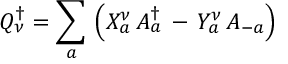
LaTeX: Q _ { \nu } ^ { \dagger } = \sum _ { a } \, \left( X _ { a } ^ { \nu } \, A _ { a } ^ { \dagger } \, - \, Y _ { a } ^ { \nu } \, A _ { - a } \right)